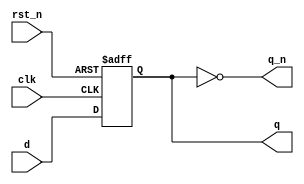
module d_ff(
  q, q_n,
  clk, d, rst_n
);

  output q, q_n;
  reg    q;
  input  clk,
         d,
         rst_n;

  always @ (posedge clk or negedge rst_n)
    begin
      if (!rst_n)
        q <= 0;
      else
        q <= d;
    end

  assign q_n = ~q;

endmodule